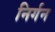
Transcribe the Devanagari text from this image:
निर्गन